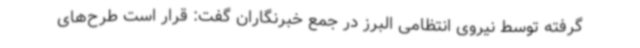
گرفته توسط نیروی انتظامی البرز در جمع خبرنگاران گفت: قرار است طرح‌های